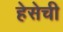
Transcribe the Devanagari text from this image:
हेसेची